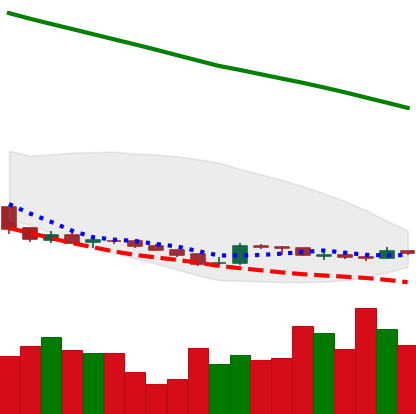
Ticker: XLM-USD
Chart end date: 2019-02-16
Forward return: 13.606%
Label: up_7plus